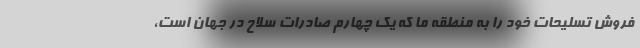
فروش تسلیحات خود را به منطقه ما که یک چهارم صادرات سلاح در جهان است،